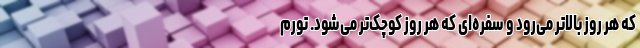
که هر روز بالاتر می‌‌رود و سفره‌ای که هر روز کوچک‌تر می‌شود. تورم